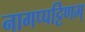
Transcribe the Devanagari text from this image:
नागप्पट्टिणम्